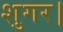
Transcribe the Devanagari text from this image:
शुगर।